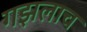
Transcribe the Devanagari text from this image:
गझलाच